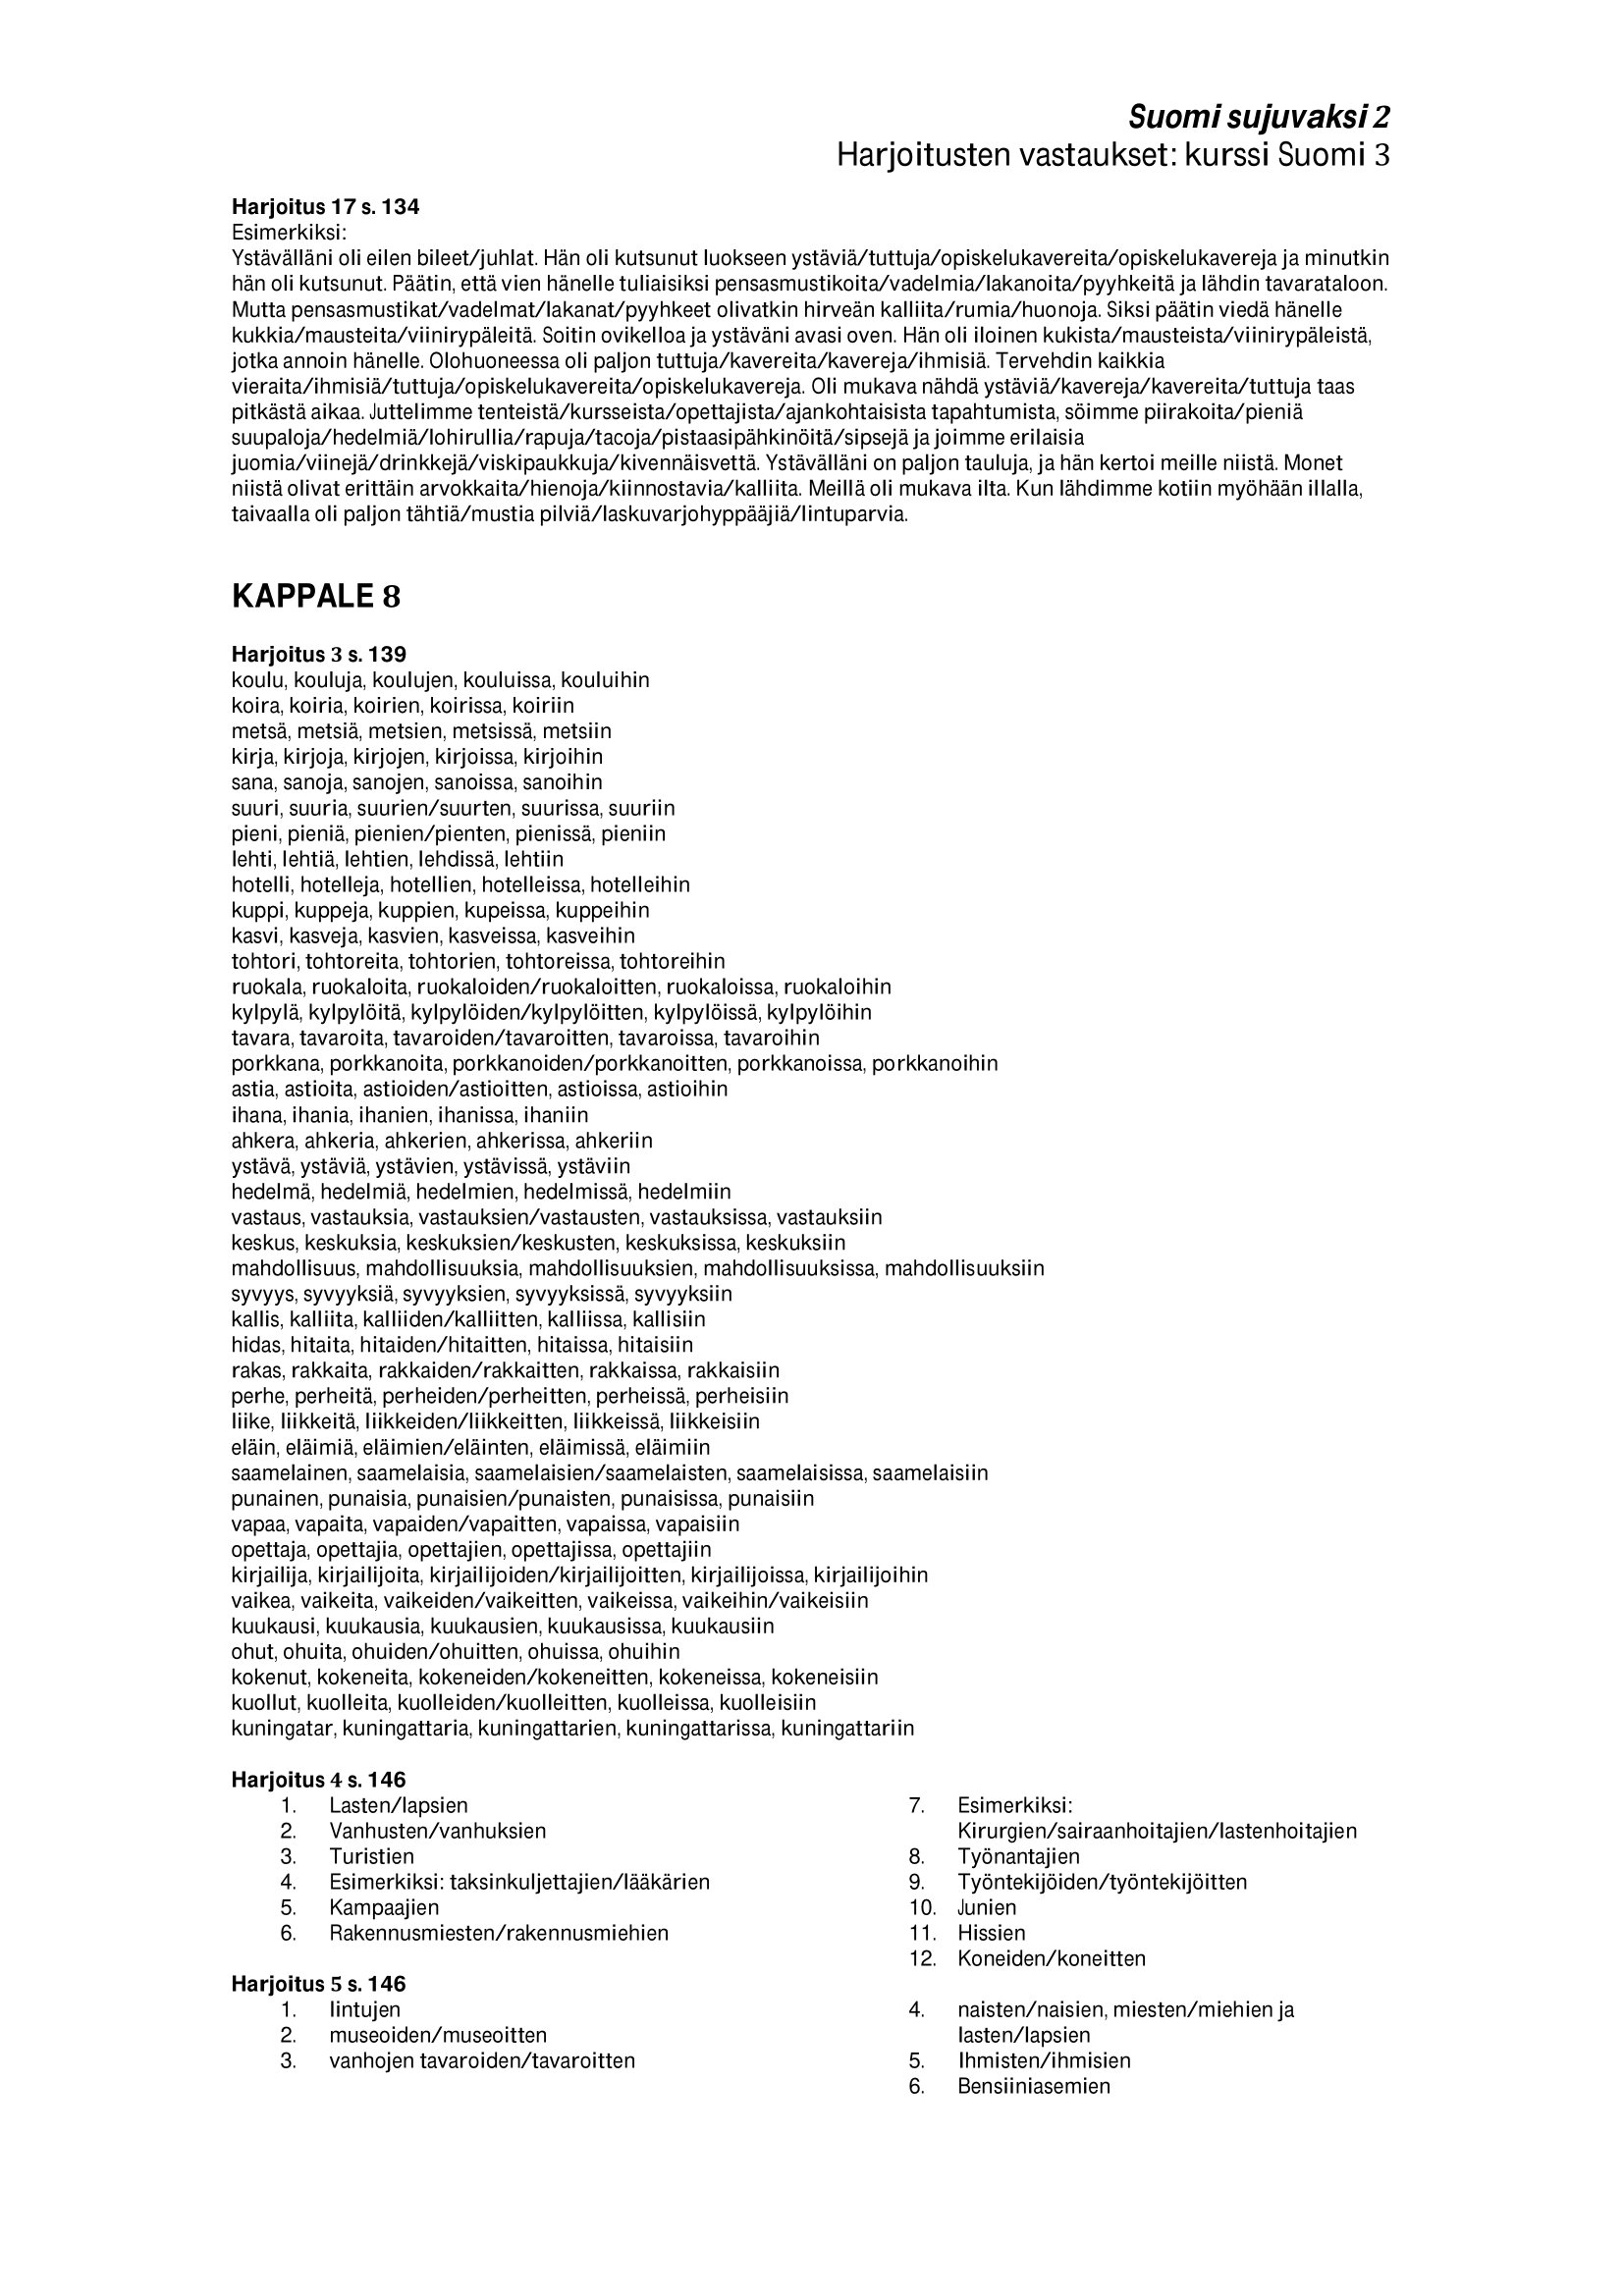
Language: fn